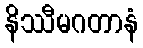
နိဿီမဂတာနံ